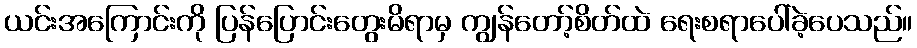
ယင်းအကြောင်းကို ပြန်ပြောင်းတွေးမိရာမှ ကျွန်တော့်စိတ်ထဲ ရေးစရာပေါ်ခဲ့ပေသည်။